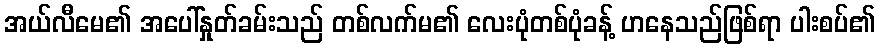
အယ်လီမေ၏ အပေါ်နှုတ်ခမ်းသည် တစ်လက်မ၏ လေးပုံတစ်ပုံခန့် ဟနေသည်ဖြစ်ရာ ပါးစပ်၏